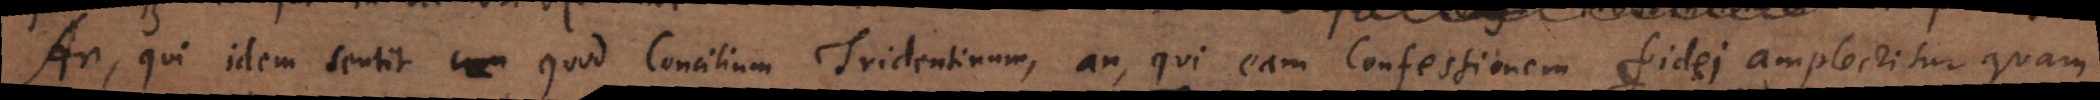
An, qui idem sentit quod Concilium Tridentinum, an, qui eam Confessionem fidei amplectitur quam